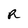
Character: r